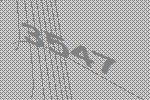
3547